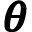
\pmb \theta